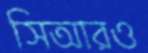
সিআরও